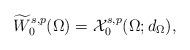
LaTeX: \begin{align*}\widetilde{W}^{s,p}_0(\Omega)= \mathcal{X}^{s,p}_0(\Omega;d_{\Omega}),\end{align*}